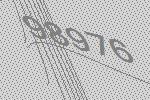
98976